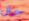
حال